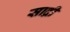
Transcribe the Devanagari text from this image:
साद्री